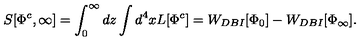
S [ \Phi ^ { c } , \infty ] = \int _ { 0 } ^ { \infty } d z \int d ^ { 4 } x L [ \Phi ^ { c } ] = W _ { D B I } [ \Phi _ { 0 } ] - W _ { D B I } [ \Phi _ { \infty } ] .